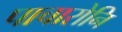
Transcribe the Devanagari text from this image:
पाचारोनि